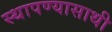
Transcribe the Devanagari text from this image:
स्थापण्यासाथी